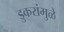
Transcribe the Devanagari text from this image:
डुकरांमुळे